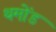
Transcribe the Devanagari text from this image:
थमोंड